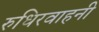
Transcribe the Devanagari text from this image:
रुधिरवाहनी